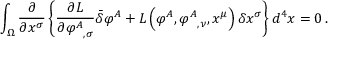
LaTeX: \int _ { \Omega } { \frac { \partial } { \partial x ^ { \sigma } } } \left\{ { \frac { \partial L } { \partial { \varphi ^ { A } } _ { , \sigma } } } { \bar { \delta } } \varphi ^ { A } + L \left( \varphi ^ { A } , { \varphi ^ { A } } _ { , \nu } , x ^ { \mu } \right) \delta x ^ { \sigma } \right\} d ^ { 4 } x = 0 \, .